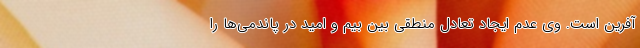
آفرین است. وی عدم ایجاد تعادل منطقی بین بیم و امید در پاندمی‌ها را